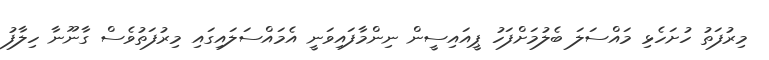
މިރުފަތު ހުށަހެޅި މައްސަލަ ބެލުމަށްފަހު ޕީއައިސީން ނިންމާފައިވަނީ އެމައްސަލައިގައި މިރުފަތުވެސް ގާނޫނާ ހިލާފު